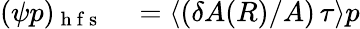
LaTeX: \begin{array}{rl}{(\psi p)_{\mathrm{~h~f~s~}}}&{{}=\left\langle(\delta A(R)/A)\, \tau\right\rangle p}\end{array}